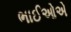
ભાઈઓએ